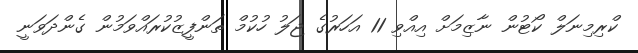
ކްރިމިނަލް ކޯޓުން ނާޒިމަށް އިއްވި 11 އަހަރުގެ ޖަލު ހުކުމް ތަންފީޒުކުރައްވަމުން ގެންދަވަނީ